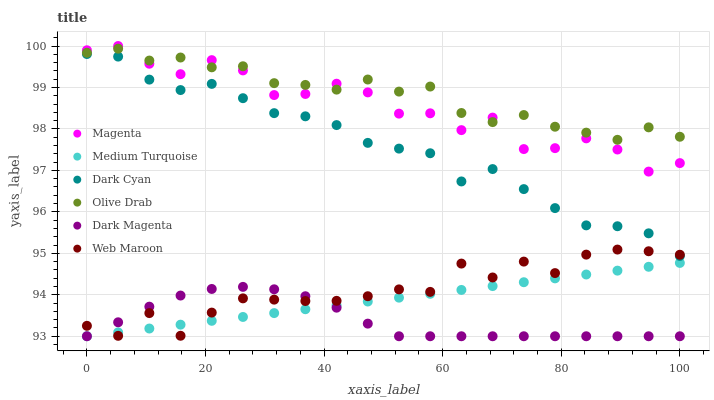
| xaxis_label | Magenta | Medium Turquoise | Dark Cyan | Olive Drab | Dark Magenta | Web Maroon |
 | --- | --- | --- | --- | --- | --- | --- |
 | 0 | 99.9 | 93 | 99.8 | 99.8 | 93 | 93.3 |
 | 5.26 | 100 | 93.1 | 99.7 | 99.9 | 93.3 | 93 |
 | 10.5 | 99.6 | 93.2 | 99.2 | 99.6 | 93.7 | 93.6 |
 | 15.8 | 99.3 | 93.3 | 98.9 | 99.7 | 94 | 93 |
 | 21.1 | 99.7 | 93.4 | 99.1 | 99.5 | 94.1 | 93.6 |
 | 26.3 | 99.4 | 93.5 | 98.7 | 99.5 | 94.2 | 93.9 |
 | 31.6 | 98.8 | 93.6 | 98.4 | 99.1 | 94.1 | 93.9 |
 | 36.8 | 98.8 | 93.7 | 98.3 | 99.1 | 94 | 93.8 |
 | 42.1 | 99.1 | 93.7 | 98.1 | 98.9 | 93.7 | 93.9 |
 | 47.4 | 98.9 | 93.8 | 97.7 | 99.2 | 93.3 | 94 |
 | 52.6 | 98.4 | 93.9 | 97.5 | 98.9 | 93 | 94.1 |
 | 57.9 | 98.4 | 94 | 97.4 | 99 | 93 | 94.1 |
 | 63.2 | 98 | 94.1 | 96.7 | 98.4 | 93 | 94.8 |
 | 68.4 | 98.3 | 94.2 | 97 | 98.2 | 93 | 94.4 |
 | 73.7 | 97.5 | 94.3 | 96.5 | 98.3 | 93 | 94.8 |
 | 78.9 | 97.5 | 94.4 | 96.1 | 98.1 | 93 | 94.5 |
 | 84.2 | 97.8 | 94.5 | 95.7 | 97.9 | 93 | 95 |
 | 89.5 | 97.5 | 94.6 | 95.7 | 97.7 | 93 | 95.1 |
 | 94.7 | 97 | 94.7 | 95.5 | 98 | 93 | 95.1 |
 | 100 | 97.2 | 94.8 | 94.9 | 97.8 | 93 | 95 |